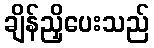
ချိန်ညှိပေးသည်